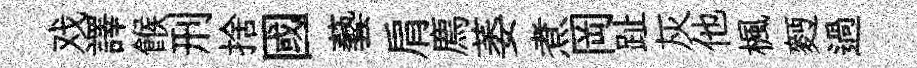
戏譯餱刑捨國藝肩廌萎煮岡趾灰他楓麪過